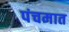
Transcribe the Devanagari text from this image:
पंचमात